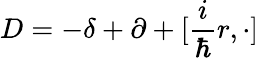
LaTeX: D=-\delta+\partial+[\frac{i}{\hbar}r,\cdot]